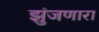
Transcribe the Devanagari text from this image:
झुंजणारा